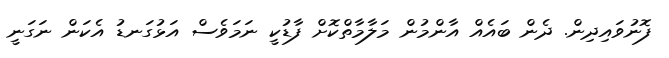
ފޮނުވައިދިން. ދެން ބައެއް އާންމުން މަލާމާތްކޮށް ފާޑުކީ ނަަމަވެސް އަޅުގަނޑު އެކަން ނަގަނީ